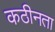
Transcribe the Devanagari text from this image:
कठीनता